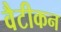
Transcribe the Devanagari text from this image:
वैटीकन